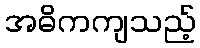
အဓိကကျသည့်